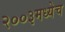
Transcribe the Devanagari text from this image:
२००३मध्येच